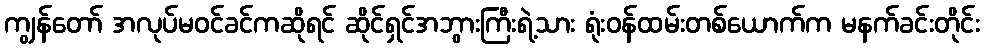
ကျွန်တော် အလုပ်မဝင်ခင်ကဆိုရင် ဆိုင်ရှင်အဘွားကြီးရဲ့သား ရုံးဝန်ထမ်းတစ်ယောက်က မနက်ခင်းတိုင်း